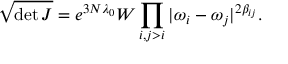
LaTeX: \sqrt { \operatorname * { d e t } J } = e ^ { 3 N \lambda _ { 0 } } W \prod _ { i , j > i } | \omega _ { i } - \omega _ { j } | ^ { 2 \beta _ { i j } } .